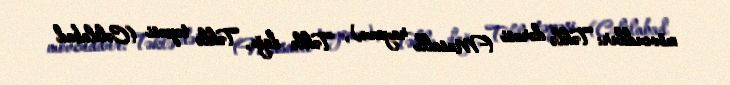
mövcuddur: Təklə dərəsi (Masallı rayonu), Təklə dağı, Təklə təpəsi (Cəlilabad